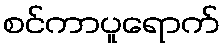
စင်ကာပူရောက်